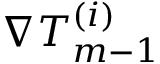
\nabla T _ { m - 1 } ^ { ( i ) }